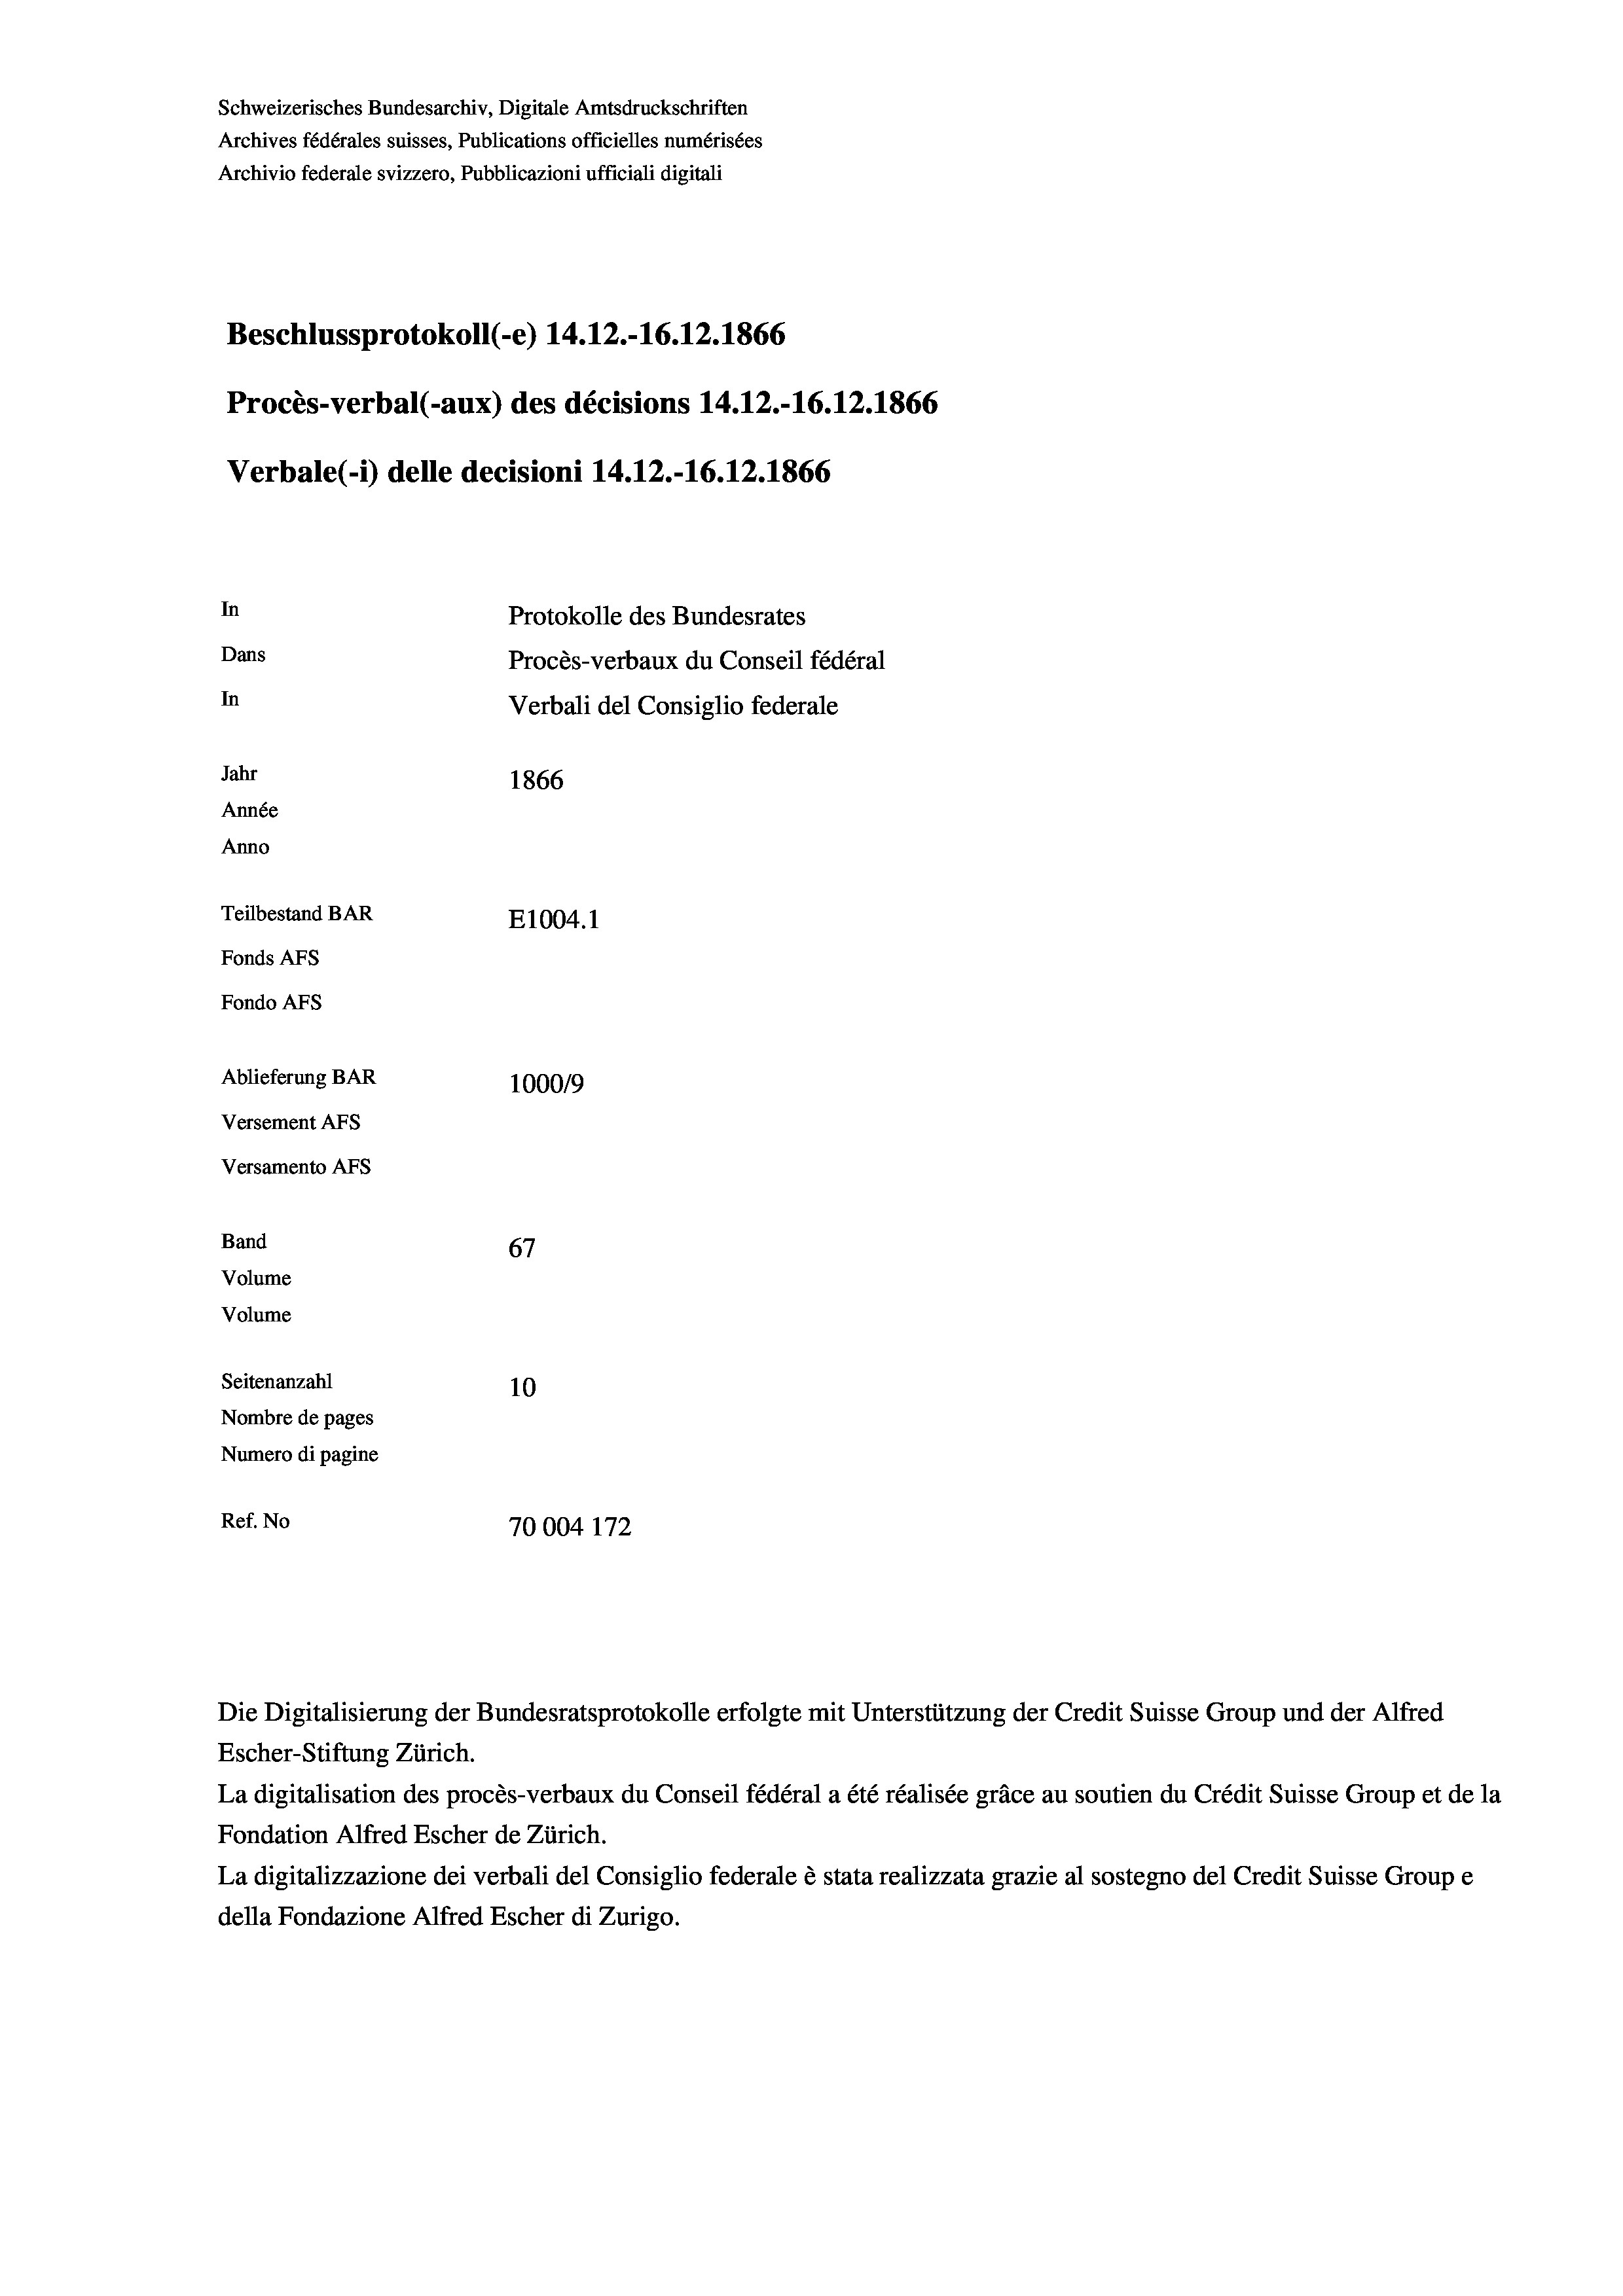
Schweizerisches Bundesarchiv, Digitale Amtsdruckschriften
Archives fédérales suisses, Publications officielles numérisées
Archivio federale svizzero, Pubblicazioni ufficiali digitali
Beschlussprotokoll (-e) 14.12.-16.12.1866
Procès-verbal (-aux) des décisions 14.12.-16.12.1866
Verbale(-*) delle decisioni 14.12.-16.12.1866
In
Protokolle des Bundesrates
Dans
Procès-verbaux du Conseil fédéral
In
Verbali del Consiglio federale
Jahr
1866
Année
Anno
Teilbestand BAR
E1004.1
Fonds AFs
Fondo Afs
Ablieferung BAR
100019
Versement AFs
Versamento Afs
Band
67
Volume
Volume
Seitenanzahl
10
Nombre de pages
Numero di pagine
Ref. No
70004 172

Escher-Stiftung Zürich.
La digitalisation des procès-verbaux du Conseil fédéral a été réalisée gräce au soutien du Crédit Suisse Group et de la
Fondation Alfred Escher de Zürich.
La digitalizzazione dei verbali del Consiglio federale è stata realizzata grazie al sostegno del Credit Suisse Groupe
della Fondazione Alfred Escher di Zurigo.

Die Digitalisierung der Bundesratsprotokolle erfolgte mit Unterstützung der Credit Suisse Group und der Alfred